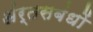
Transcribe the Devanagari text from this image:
अंर्तसबंधों